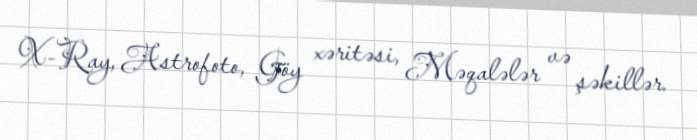
X-Ray, Astrofoto, Göy xəritəsi, Məqalələr və şəkillər.